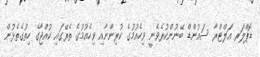
ޑޮޕްލަރ އަލްޓްރާ ސައުންޑް ބޭނުންކުރެވެނީ ވިހެއުމުގެ ކުރިންނާއި ވިހެއުމުގެ ތެރޭގައި ކުއްޖާގެ ހިތުގެތެޅުން